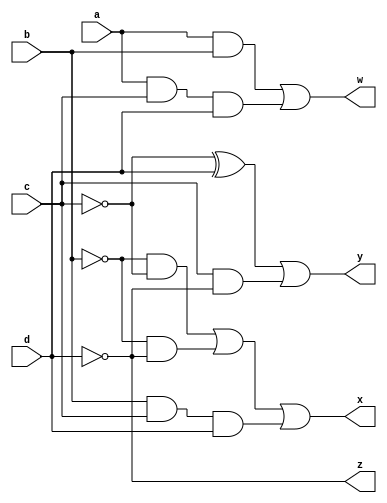
//not working properly
module BCD2Ex3(a,b,c,d,w,x,y,z);
         input a,b,c,d;
         output w,x,y,z;
          assign w= (a&b) | (a&c&d);
          assign x=(~b&~c)|(~b&~d)|(b&c&d);
          assign y= (~c^d)|(c&~d);
          assign z=~d;
endmodule
module test;
      reg a1,b1,c1,d1;
      wire w1, x1, y1, z1;
      BCD2Ex3 objt(a1,b1,c1,d1,w1,x1,y1,z1);
      initial
      begin
        //$dumpfile("dump1.vcd");
        //$dumpvars(0,test);
        $display("a\tb\tc\td\tw\tx\ty\tz");
        $monitor("%b\t%b\t%b\t%b\t%b\t%b\t%b\t%b",a1,b1,c1,d1,w1,x1,y1,z1);
       a1=0; b1=0; c1=1;d1=1;
       #10 a1=0; b1=1; c1=0;d1=0;
       #10 a1=0; b1=1; c1=0;d1=1;
       #10 a1=0; b1=1; c1=1;d1=0;
       #10 a1=0; b1=1; c1=1;d1=1;
       #10 a1=1; b1=0; c1=0;d1=0;
       #10 a1=1; b1=0; c1=0;d1=1;
       #10 a1=1; b1=0; c1=1;d1=0;
       #10 a1=1; b1=0; c1=1;d1=1;
       #10 a1=1; b1=1; c1=0;d1=0;
    //#10 a1=1'b1; b1=1b0;
     end
endmodule